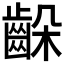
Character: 𪘉